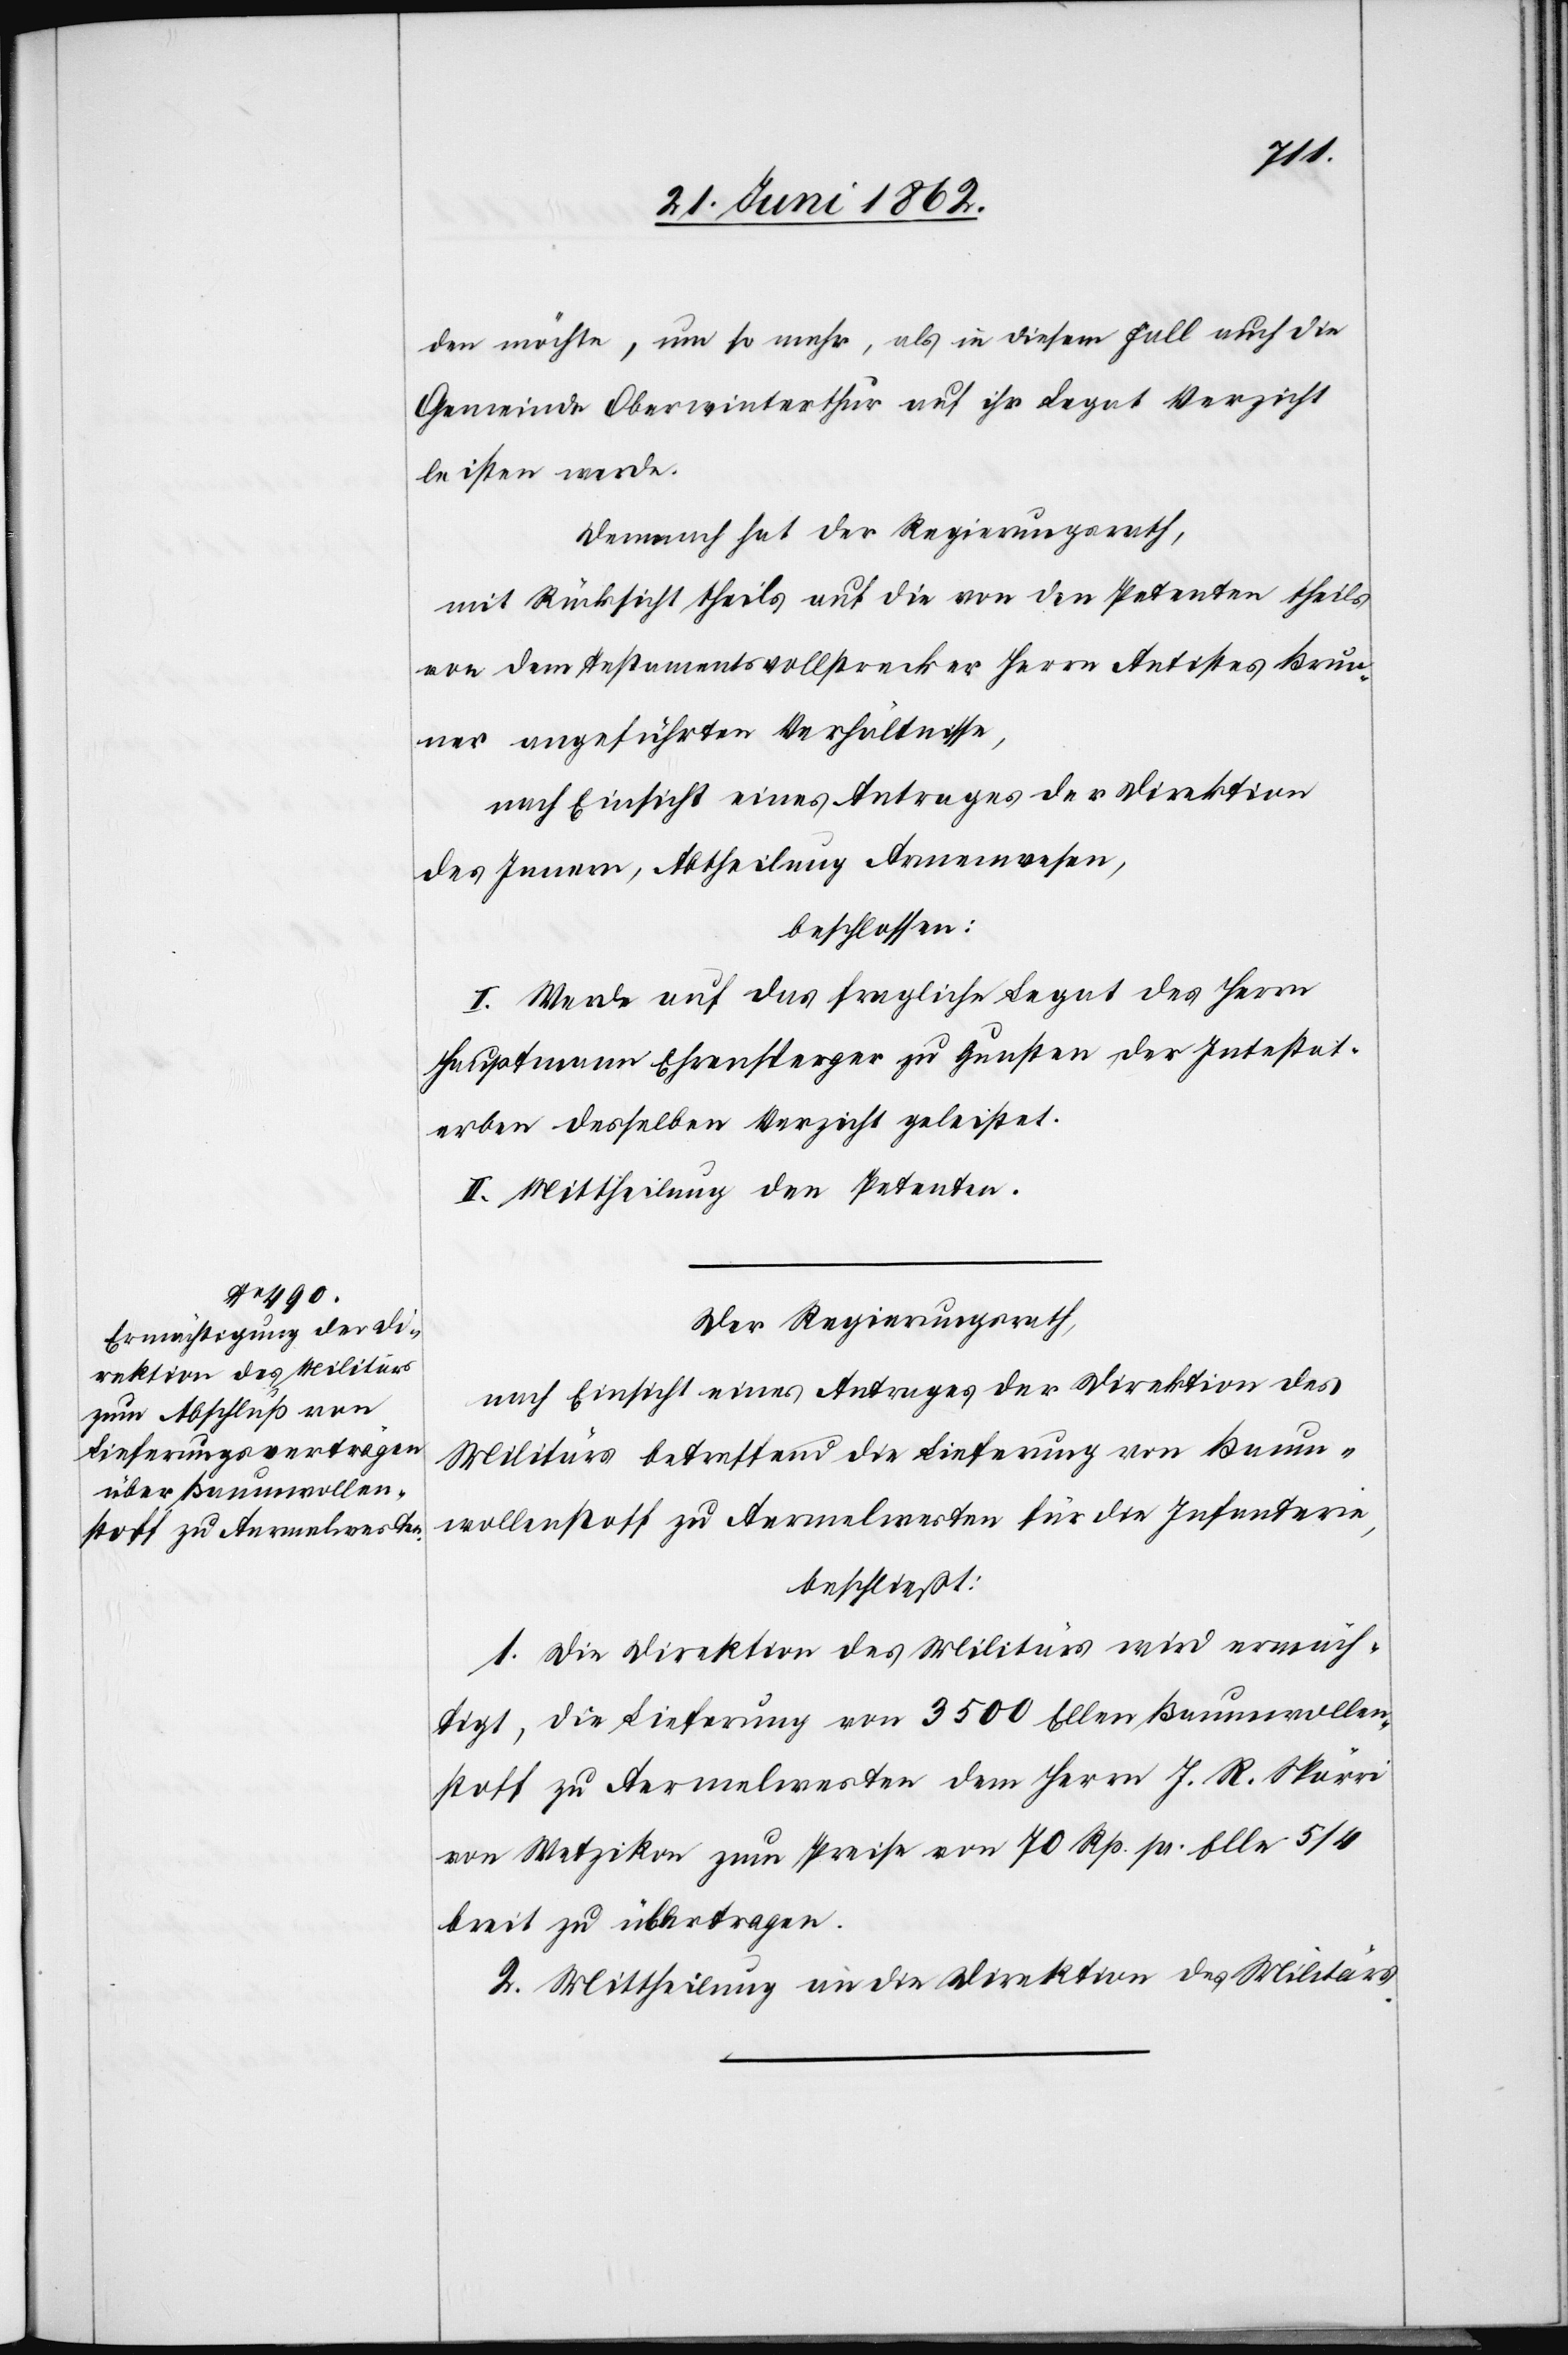
den möchte, um so mehr, als in diesem Fall auch die
Gemeinde Oberwinterthur auf ihr Legat Verzicht
leisten werde.
Demnach hat der Regierungsrath,
mit Rücksicht theils auf die von den Petenten theils
von dem Testamentsvollstrecker Herrn Antistes Brun¬
ner angeführten Verhältnisse,
nach Einsicht eines Antrages der Direktion
des Innern, Abtheilung Armenwesen,
beschlossen:
I. Werde auf das fragliche Legat des Herrn
Hauptmann Ehrensperger zu Gunsten der Intestat¬
erben desselben Verzicht geleistet.
II. Mittheilung den Petenten.
Der Regierungsrath,
nach Einsicht eines Antrages der Direktion des
Militärs betreffend die Lieferung von Baum¬
wollenstoff zu Aermelwesten für die Infanterie,
beschließt:
1. Die Direktion des Militärs wird ermäch¬
tigt, die Lieferung von 3500 Ellen Baumwollen¬
stoff zu Aermelwesten dem Herrn J. R. Spörri
von Wetzikon zum Preise von 70 Rp. pr. Elle 5/4
breit zu übertragen.
2. Mittheilung an die Direktion des Militärs.